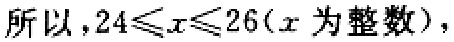
所以，\(24\leqslant x\leqslant 26(x\text{ 为整数})\)，